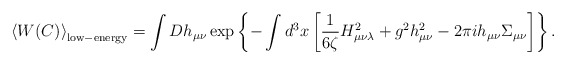
\begin{align*}\left<W(C)\right>_{\rm low-energy}=\int Dh_{\mu\nu}\exp\left\{-\int d^3x\left[\frac{1}{6\zeta}H_{\mu\nu\lambda}^2+g^2h_{\mu\nu}^2-2\pi ih_{\mu\nu}\Sigma_{\mu\nu}\right]\right\}.\end{align*}